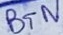
Text: BTN